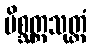
မိစ္ဆတ္တသုတ္တံ